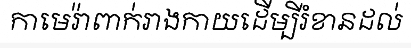
កាមេរ៉ាពាក់រាងកាយដើម្បីរំខានដល់